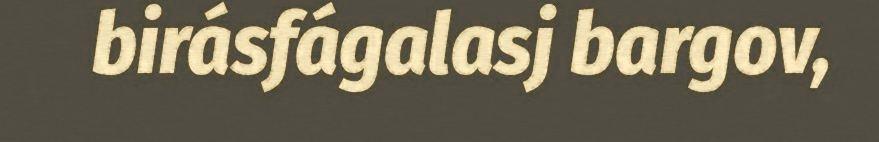
birásfágalasj bargov,